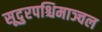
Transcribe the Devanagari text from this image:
सूदुरपश्चिमाञ्चल